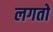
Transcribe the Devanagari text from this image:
लगतो